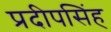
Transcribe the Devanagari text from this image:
प्रदीपसिंह